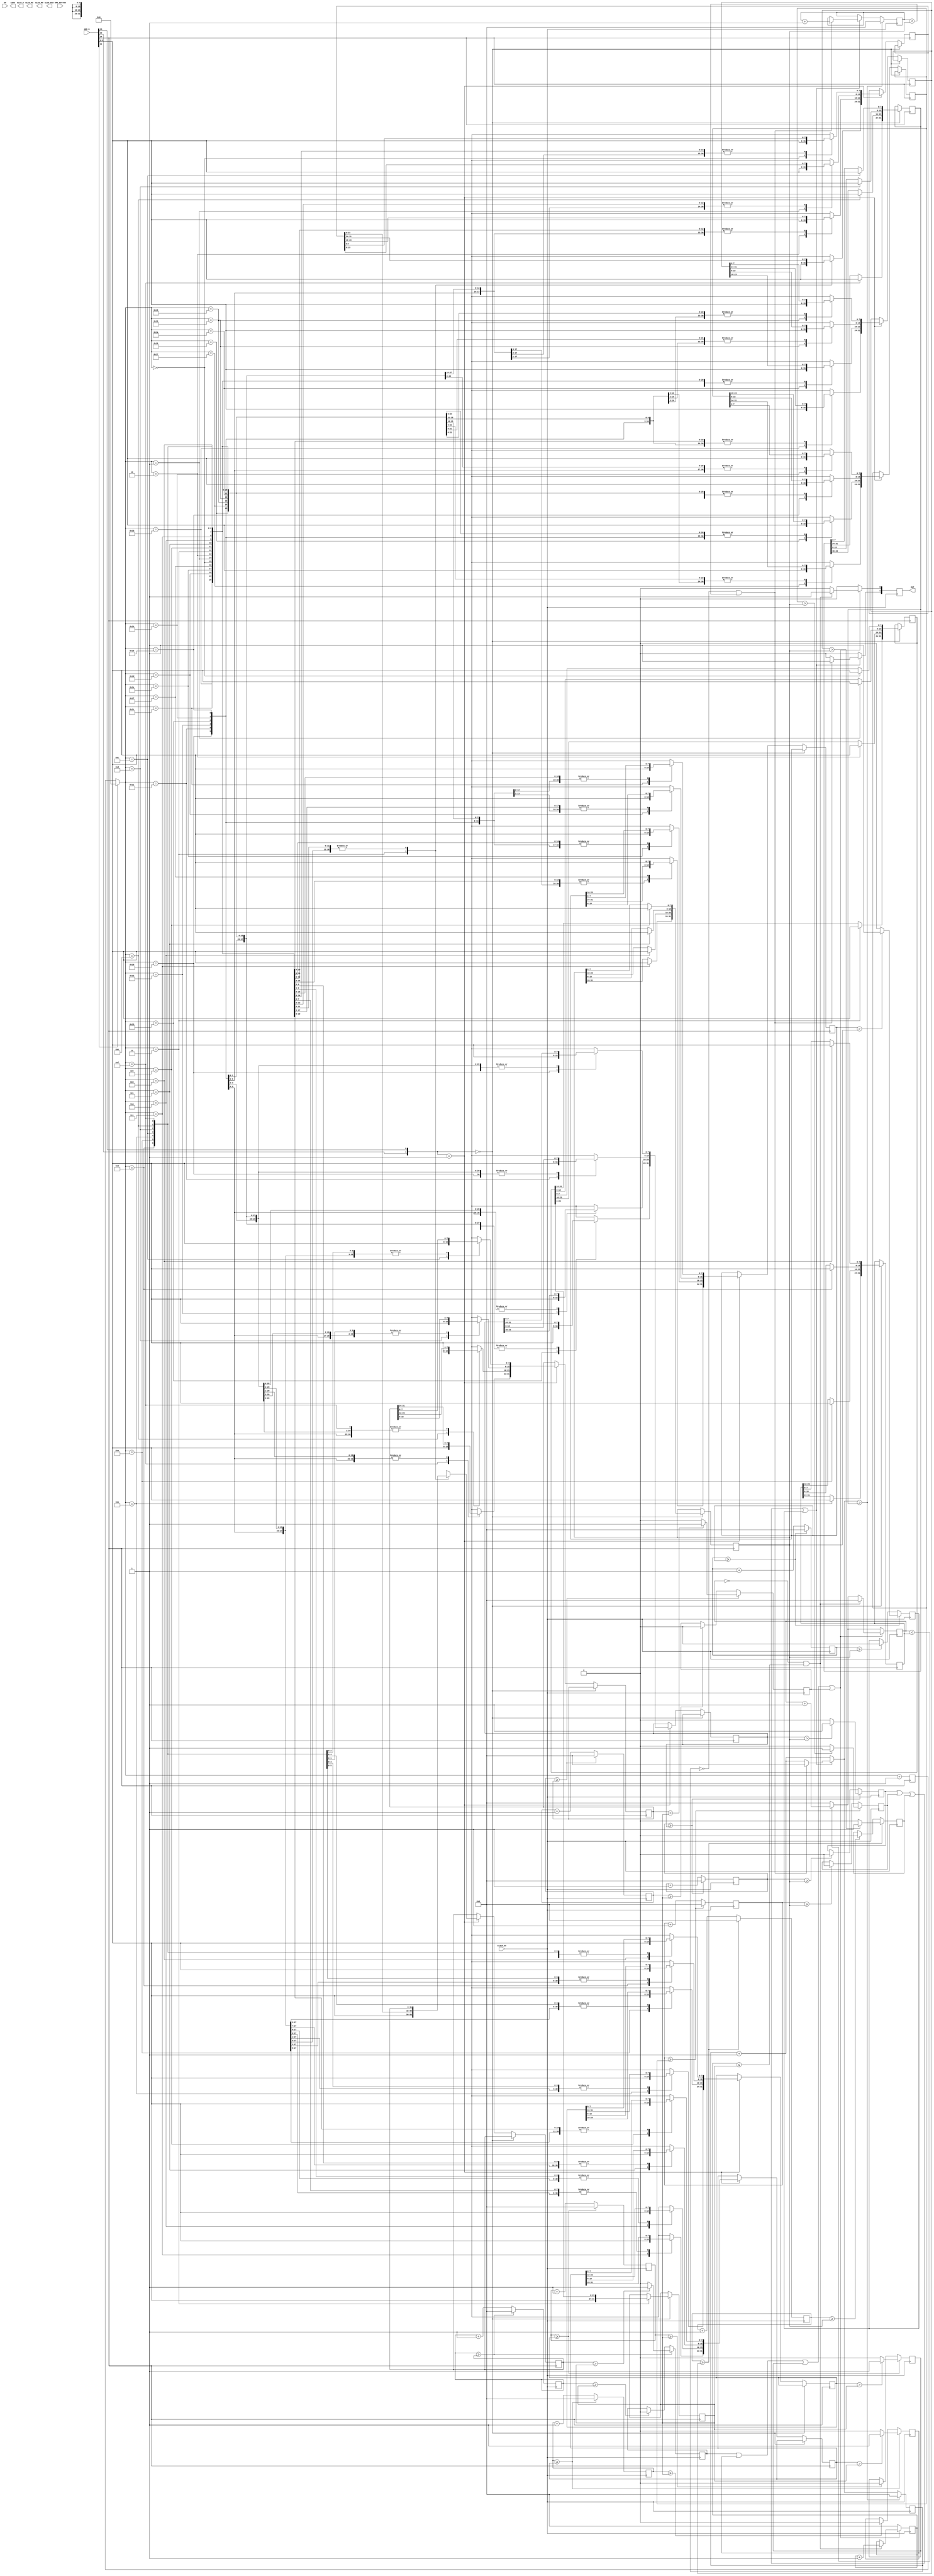
module DRSSTC_MIDI(CLOCK_50,ORG_BUTTON,SW,LEDG,ARD_D,OUT,ELCD_D,ELCD_ENA,ELCD_RS,ELCD_RW);

		input					CLOCK_50;
		input		[2:0]		ORG_BUTTON;
		input		[9:0]		SW;
		output	[9:0]		LEDG;
		input		[13:0]	ARD_D;
		output	[1:0]		OUT;
		output	[7:0]		ELCD_D;
		output				ELCD_ENA;
		output				ELCD_RS;
		output				ELCD_RW;

		reg		[9:0]		LEDG;
		
		reg 		[31:0]	ontime1;
		reg 		[31:0]	ontime2;
		reg 		[31:0]	offtime1;
		reg 		[31:0]	offtime2;
		
		reg 		[31:0]	ontimecount1;
		reg 		[31:0]	ontimecount2;
		reg 		[31:0]	offtimecount1;
		reg 		[31:0]	offtimecount2;
		
		reg		[31:0]	gen0cnt;
		reg		[31:0]	gen0lim;
		reg					gen0out;
		
		reg		[31:0]	gen1cnt;
		reg		[31:0]	gen1lim;
		reg					gen1out;
		
		reg		[31:0]	gen2cnt;
		reg		[31:0]	gen2lim;
		reg					gen2out;
		
		reg		[31:0]	gen3cnt;
		reg		[31:0]	gen3lim;
		reg					gen3out;

		
		reg		[31:0]	gen4cnt;
		reg		[31:0]	gen4lim;
		reg					gen4out;
		
		reg		[31:0]	gen5cnt;
		reg		[31:0]	gen5lim;
		reg					gen5out;
		
		reg		[31:0]	gen6cnt;
		reg		[31:0]	gen6lim;
		reg					gen6out;

		reg		[31:0]	gen7cnt;
		reg		[31:0]	gen7lim;
		reg					gen7out;
		
		reg		[4:0]		readcnt;
		
		wire 		[1:0]		OUT_OR;
		//wire		[1:0]		OUT_PR;
		reg		[1:0]		OUT_PR;
		
		reg		[31:0]	buff;
		reg		[31:0]	buff1;
		
//----------------------------------------//

	//assign LEDG[9:0] = LED[9:0];
	

//----------------------------------------//

	assign OUT_OR[0] = gen0out | gen1out | gen2out | gen3out;
	assign OUT_OR[1] = gen4out | gen5out | gen6out | gen7out;
	
	assign OUT[0] = OUT_PR[0];
	assign OUT[1] = OUT_PR[1];
	
	//always@ (posedge ARD_D[12]) begin
	
	//LEDG <= ARD_D[13];
	
	//end
	
	always@ (posedge ARD_D[10]) begin
	
	if (ARD_D[11]) begin
		readcnt = 0;
	end
	
	if({ARD_D[12],ARD_D[13]} == 2'b00) begin
		case (readcnt)
			5'b00000:	buff1[7:0] = ARD_D[9:2];
			5'b00001:	buff1[15:8] = ARD_D[9:2];
			5'b00010:	buff1[23:16] = ARD_D[9:2];
			5'b00011:	begin buff1[31:24] = ARD_D[9:2]; ontime1 = buff1; end
			5'b00100:	ontime2[7:0] = ARD_D[9:2];
			5'b00101:	ontime2[15:8] = ARD_D[9:2];
			5'b00110:	ontime2[23:16] = ARD_D[9:2];
			5'b00111:	ontime2[31:24] = ARD_D[9:2];
			5'b01000:	offtime1[7:0] = ARD_D[9:2];
			5'b01001:	offtime1[15:8] = ARD_D[9:2];
			5'b01010:	offtime1[23:16] = ARD_D[9:2];
			5'b01011:	offtime1[31:24] = ARD_D[9:2];
			5'b01100:	offtime2[7:0] = ARD_D[9:2];
			5'b01101:	offtime2[15:8] = ARD_D[9:2];
			5'b01110:	offtime2[23:16] = ARD_D[9:2];
			5'b01111:	offtime2[31:24] = ARD_D[9:2];
		endcase
	end
	else if({ARD_D[12],ARD_D[13]} == 2'b01) begin
		case (readcnt)
			5'b00000:	buff[7:0] = ARD_D[9:2];
			5'b00001:	buff[15:8] = ARD_D[9:2];
			5'b00010:	buff[23:16] = ARD_D[9:2];
			5'b00011:	begin buff[31:24] = ARD_D[9:2]; gen0lim = buff; end
			5'b00100:	gen1lim[7:0] = ARD_D[9:2];
			5'b00101:	gen1lim[15:8] = ARD_D[9:2];
			5'b00110:	gen1lim[23:16] = ARD_D[9:2];
			5'b00111:	gen1lim[31:24] = ARD_D[9:2];
			5'b01000:	gen2lim[7:0] = ARD_D[9:2];
			5'b01001:	gen2lim[15:8] = ARD_D[9:2];
			5'b01010:	gen2lim[23:16] = ARD_D[9:2];
			5'b01011:	gen2lim[31:24] = ARD_D[9:2];
			5'b01100:	gen3lim[7:0] = ARD_D[9:2];
			5'b01101:	gen3lim[15:8] = ARD_D[9:2];
			5'b01110:	gen3lim[23:16] = ARD_D[9:2];
			5'b01111:	gen3lim[31:24] = ARD_D[9:2];
			5'b10000:	gen4lim[7:0] = ARD_D[9:2];
			5'b10001:	gen4lim[15:8] = ARD_D[9:2];
			5'b10010:	gen4lim[23:16] = ARD_D[9:2];
			5'b10011:	gen4lim[31:24] = ARD_D[9:2];
			5'b10100:	gen5lim[7:0] = ARD_D[9:2];
			5'b10101:	gen5lim[15:8] = ARD_D[9:2];
			5'b10110:	gen5lim[23:16] = ARD_D[9:2];
			5'b10111:	gen5lim[31:24] = ARD_D[9:2];
			5'b11000:	gen6lim[7:0] = ARD_D[9:2];
			5'b11001:	gen6lim[15:8] = ARD_D[9:2];
			5'b11010:	gen6lim[23:16] = ARD_D[9:2];
			5'b11011:	gen6lim[31:24] = ARD_D[9:2];
			5'b11100:	gen7lim[7:0] = ARD_D[9:2];
			5'b11101:	gen7lim[15:8] = ARD_D[9:2];
			5'b11110:	gen7lim[23:16] = ARD_D[9:2];
			5'b11111:	gen7lim[31:24] = ARD_D[9:2];
			
		endcase
	end
	
	readcnt = readcnt + 1;
	
	end
	
	always@ (posedge CLOCK_50) begin
	
	// ========== ON OFF TIME PROTECT ========== //
	if (OUT_OR[0]) begin

 if (offtimecount1 == 0 && ontimecount1 <= ontime1) begin

 OUT_PR[0] <= 1'b1;
 ontimecount1 <= ontimecount1 + 1;
 offtimecount1 <= 1'b0;

 end
 else begin

 OUT_PR[0] <= 1'b0;
 if (offtimecount1 < offtime1) begin
 offtimecount1 <= offtimecount1 + 1;
 end
 else begin
 offtimecount1 <= 0;
 end
 end

 end
 else begin // OUT_OR[0] is LOW
 OUT_PR[0] <= 1'b0;
 ontimecount1 <= 1'b0;
 if (offtimecount1 < offtime1) begin
 offtimecount1 <= offtimecount1 + 1;
 end
 else begin
 offtimecount1 <= 0;
 end
 end
 
	// ========== ON OFF TIME PROTECT END ========== //


	// ========== ON OFF TIME PROTECT 2 ========== //
	if (OUT_OR[1]) begin

	if (offtimecount2 == 0 && ontimecount2 < ontime2) begin

		OUT_PR[1] <= 1'b1;
		ontimecount2 = ontimecount2 + 1;
		offtimecount2 = 1'b0;

	end
	else begin

		OUT_PR[1] <= 1'b0;
		offtimecount2 = offtimecount2 + 1;
	end

	end
	else begin // OUT_OR[1] is LOW

		OUT_PR[1] <= 1'b0;
		offtimecount2 = offtimecount2 + 1;
	end

	if (offtimecount2 >= offtime2) begin
		ontimecount2 = 1'b0;
		offtimecount2 = 1'b0;
	end


	// ========== ON OFF TIME PROTECT 2 END ========== //
	
	
	//ontime1 <= 12'b111111111111;
	//gen0lim <= 20'b11111111111111111111;
	//gen1lim <= 20'b11111111111111111111;
	
	// ========= GEN0 START ========== //
	if (gen0cnt >= gen0lim) begin
		gen0cnt <= 0;
		if (gen0lim > ontime1) begin
			gen0out <= 1'b1;
		end
		else begin
			gen0out <= 1'b0;
		end
   end
	else if (gen0cnt >= ontime1) begin
		gen0out <= 1'b0;
		gen0cnt <= gen0cnt + 1;
	end
   else begin
		gen0cnt <= gen0cnt + 1;
   end
	// ========= GEN0 END ========== //
	
	// ========= GEN1 START ========== //
	if (gen1cnt >= gen1lim) begin
		gen1cnt <= 0;
		if (gen1lim > ontime1) begin
			gen1out <= 1'b1;
		end
		else begin
			gen1out <= 1'b0;
		end
   end
	else if (gen1cnt >= ontime1) begin
		gen1out <= 1'b0;
		gen1cnt <= gen1cnt + 1;
	end
   else begin
		gen1cnt <= gen1cnt + 1;
   end
	// ========= GEN1 END ========== //
	
	// ========= GEN2 START ========== //
	if (gen2cnt >= gen2lim) begin
		gen2cnt <= 0;
		if (gen2lim > ontime1) begin
			gen2out <= 1'b1;
		end
		else begin
			gen2out <= 1'b0;
		end
   end
	else if (gen2cnt >= ontime1) begin
		gen2out <= 1'b0;
		gen2cnt <= gen2cnt + 1;
	end
   else begin
		gen2cnt <= gen2cnt + 1;
   end
	// ========= GEN2 END ========== //
	
	// ========= GEN3 START ========== //
	if (gen3cnt >= gen3lim) begin
		gen3cnt <= 0;
		if (gen3lim > ontime1) begin
			gen3out <= 1'b1;
		end
		else begin
			gen3out <= 1'b0;
		end
   end
	else if (gen3cnt >= ontime1) begin
		gen3out <= 1'b0;
		gen3cnt <= gen3cnt + 1;
	end
   else begin
		gen3cnt <= gen3cnt + 1;
   end
	// ========= GEN3 END ========== //
	

	
	// ========= GEN4 START ========== //
	if (gen4cnt >= gen4lim) begin
		gen4cnt <= 0;
		if (gen4lim > ontime2) begin
			gen4out <= 1'b1;
		end
		else begin
			gen4out <= 1'b0;
		end
   end
	else if (gen4cnt >= ontime2) begin
		gen4out <= 1'b0;
		gen4cnt <= gen4cnt + 1;
	end
   else begin
		gen4cnt <= gen4cnt + 1;
   end
	// ========= GEN4 END ========== //
	
	// ========= GEN5 START ========== //
	if (gen5cnt >= gen5lim) begin
		gen5cnt <= 0;
		if (gen5lim > ontime2) begin
			gen5out <= 1'b1;
		end
		else begin
			gen5out <= 1'b0;
		end
   end
	else if (gen5cnt >= ontime2) begin
		gen5out <= 1'b0;
		gen5cnt <= gen5cnt + 1;
	end
   else begin
		gen5cnt <= gen5cnt + 1;
   end
	// ========= GEN5 END ========== //
	
	// ========= GEN6 START ========== //
	if (gen6cnt >= gen6lim) begin
		gen6cnt <= 0;
		if (gen6lim > ontime2) begin
			gen6out <= 1'b1;
		end
		else begin
			gen6out <= 1'b0;
		end
   end
	else if (gen6cnt >= ontime2) begin
		gen6out <= 1'b0;
		gen6cnt <= gen6cnt + 1;
	end
   else begin
		gen6cnt <= gen6cnt + 1;
   end
	// ========= GEN6 END ========== //
	
	// ========= GEN7 START ========== //
	if (gen7cnt >= gen7lim) begin
		gen7cnt <= 0;
		if (gen7lim > ontime2) begin
			gen7out <= 1'b1;
		end
		else begin
			gen7out <= 1'b0;
		end
   end
	else if (gen7cnt >= ontime2) begin
		gen7out <= 1'b0;
		gen7cnt <= gen7cnt + 1;
	end
   else begin
		gen7cnt <= gen7cnt + 1;
   end
	// ========= GEN7 END ========== //
	
	end

endmodule